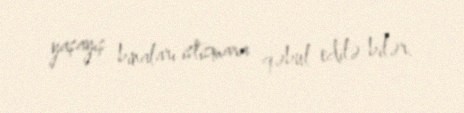
yaşayış binaları istismara qəbul edilə bilər.